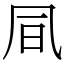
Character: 凬